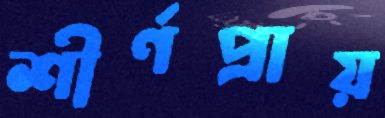
শীর্ণপ্রায়